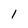
Character: I